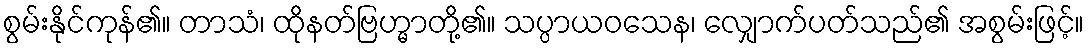
စွမ်းနိုင်ကုန်၏။ တာသံ၊ ထိုနတ်ဗြဟ္မာတို့၏။ သပ္ပာယဝသေန၊ လျှောက်ပတ်သည်၏ အစွမ်းဖြင့်။